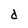
Character: d